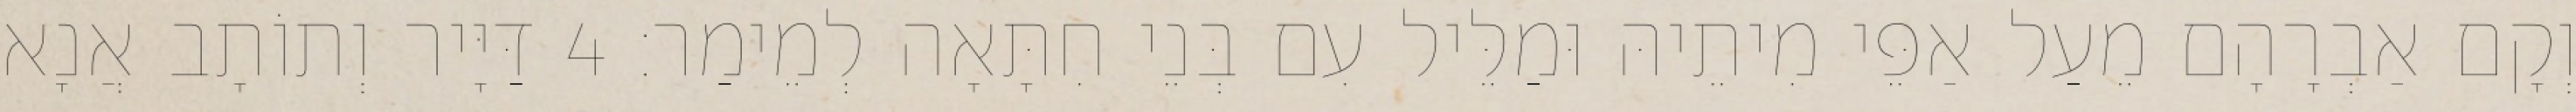
וְקָם אַבְרָהָם מֵעַל אַפֵּי מִיתֵיהּ וּמַלֵּיל עִם בְּנֵי חִתָּאָה לְמֵימַר׃ 4 דַּיָּיר וְתוֹתָב אֲנָא